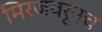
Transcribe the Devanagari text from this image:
मिरजवरूनच